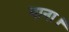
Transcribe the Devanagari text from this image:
नाना।